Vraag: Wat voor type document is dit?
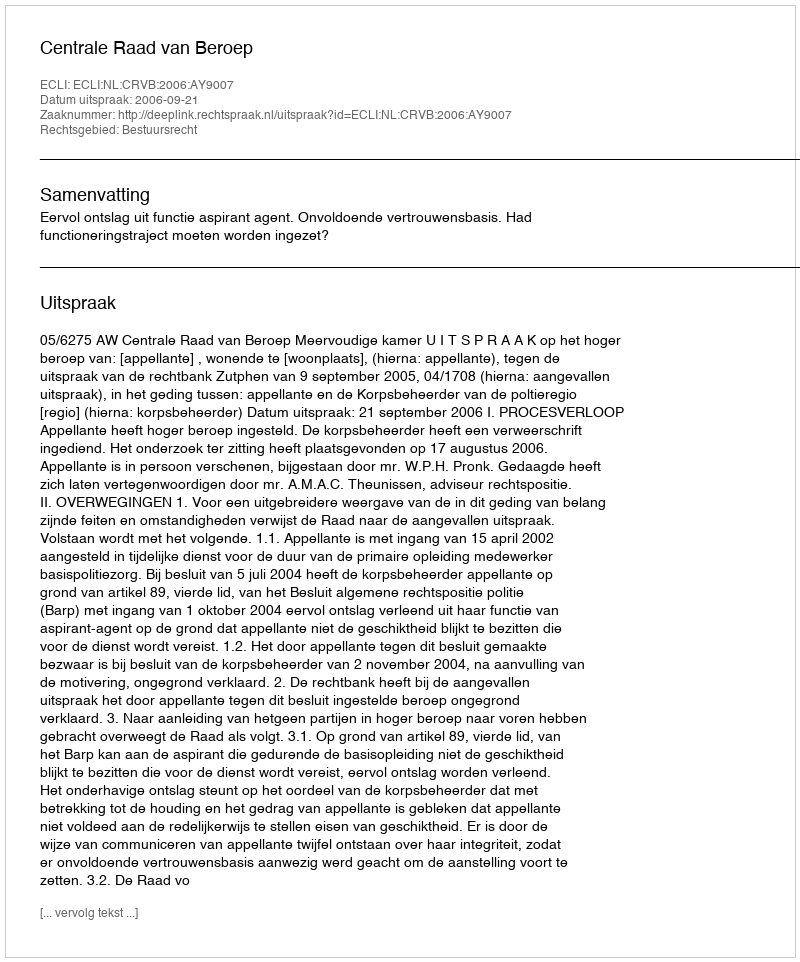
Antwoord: Uitspraak